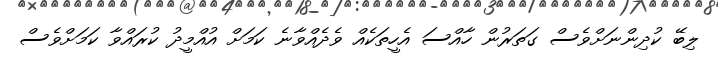
ލިބޭ ކުދިންނަށްވެސް ގަތަރުން ހާއްސަ އެހީތަކެއް ވެދެއްވާނެ ކަމަށް އުއްމީދު ކުރައްވާ ކަމަށްވެސް